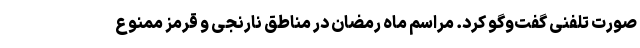
صورت تلفنی گفت‌وگو کرد. مراسم ماه رمضان در مناطق نارنجی و قرمز ممنوع